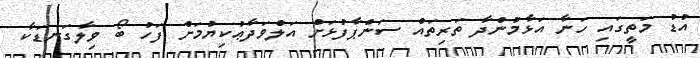
އުޑު މަތީގައި ހަނާ އަޅާމުންދާ ތަރިތައް ސަންޕާފުޅަށް އަލްވަދާޢުކިޔުމަށް ފަހު ބޯ ވިލާގަނޑަކާ